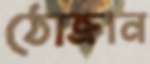
ঠোক্‌রান